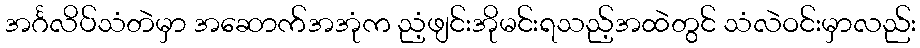
အင်္ဂလိပ်သံတဲမှာ အဆောက်အအုံက ညံ့ဖျင်းအိုမင်းရသည့်အထဲတွင် သံလဲဝင်းမှာလည်း